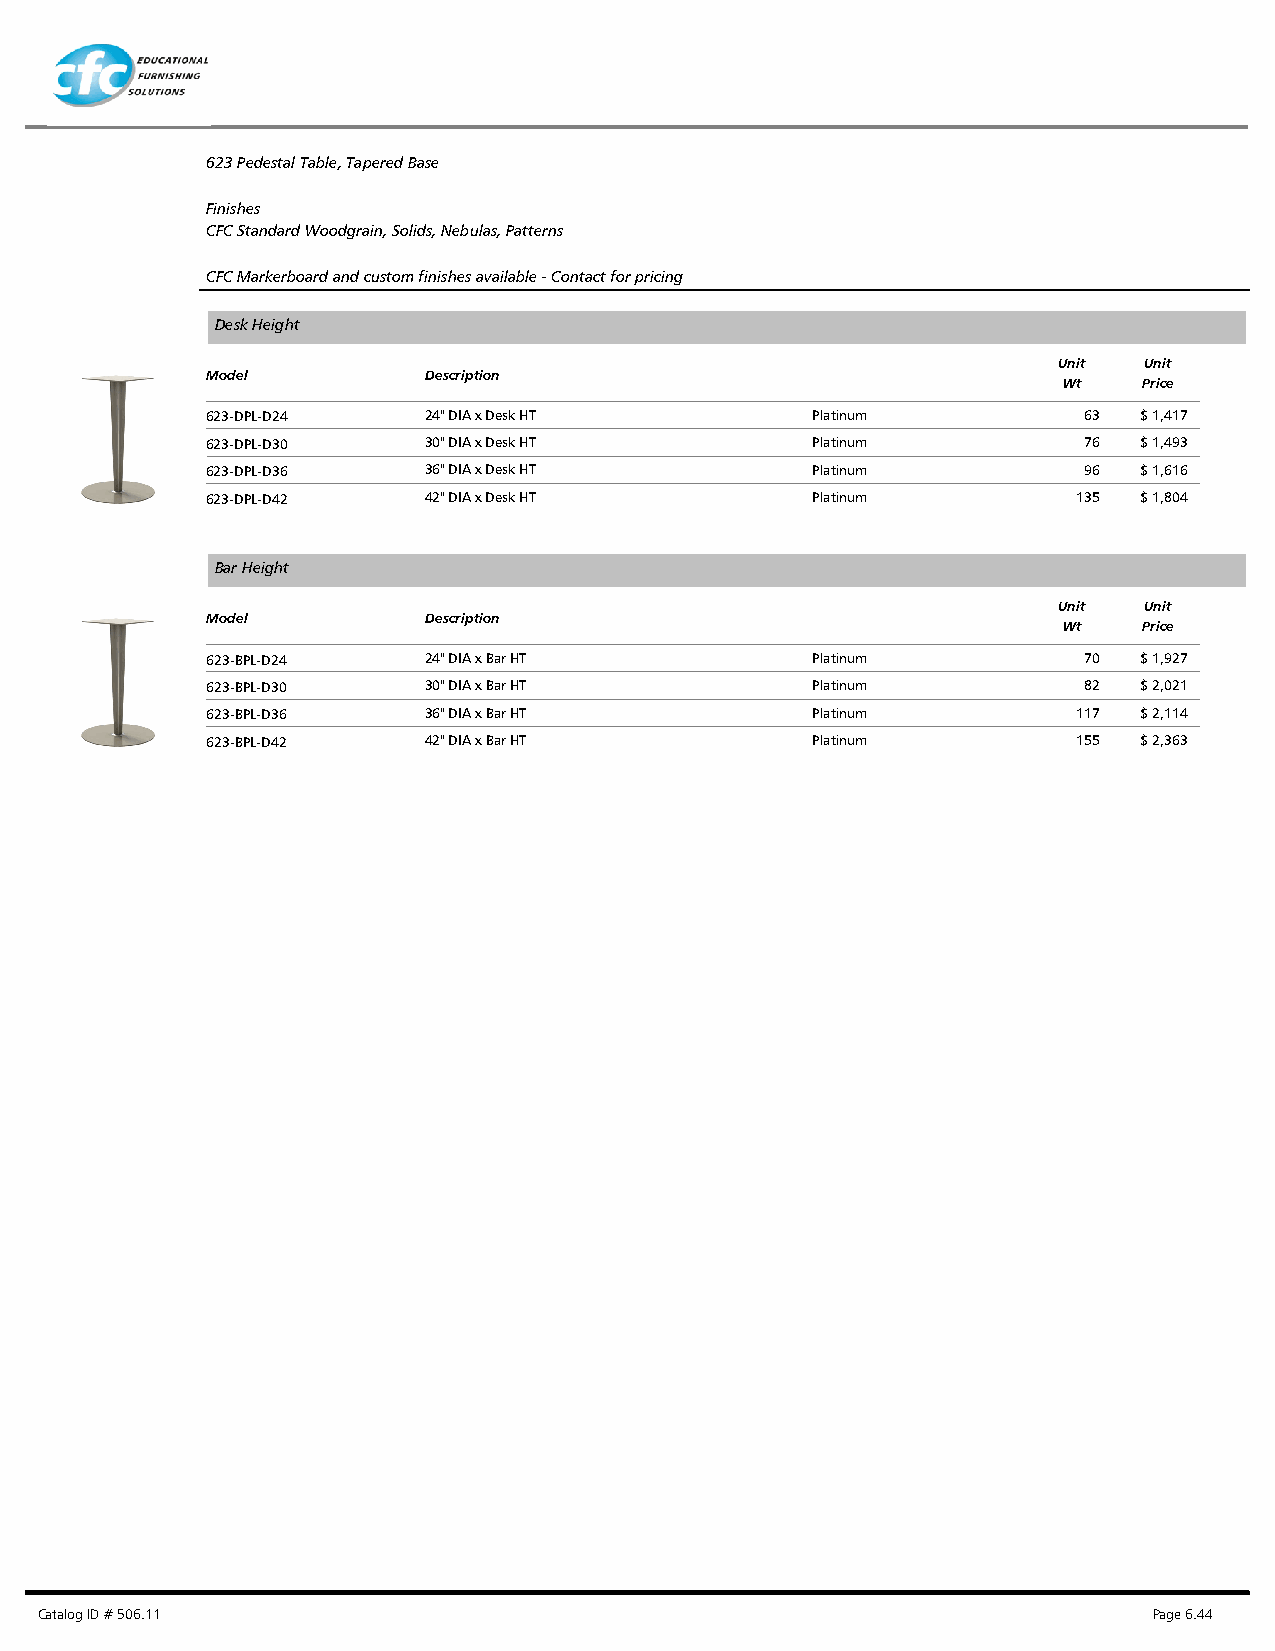
623 Pedestal Table, Tapered Base
 Finishes
 CFC Standard Woodgrain, Solids, Nebulas, Patterns
 CFC Markerboard and custom finishes available - Contact for pricing
 Desk Height
 Unit  Unit
 Model         Description
 Wt    Price
 623-DPL-D24   24" DIA x Desk HT         Platinum          63 $ 1,417
 623-DPL-D30   30" DIA x Desk HT         Platinum          76 $ 1,493
 623-DPL-D36   36" DIA x Desk HT         Platinum          96 $ 1,616
 623-DPL-D42   42" DIA x Desk HT         Platinum         135 $ 1,804
 Bar Height
 Unit  Unit
 Model         Description
 Wt    Price
 623-BPL-D24   24" DIA x Bar HT          Platinum          70 $ 1,927
 623-BPL-D30   30" DIA x Bar HT          Platinum          82 $ 2,021
 623-BPL-D36   36" DIA x Bar HT          Platinum         117 $ 2,114
 623-BPL-D42   42" DIA x Bar HT          Platinum         155 $ 2,363
 Catalog ID # 506.11                                                       Page 6.44